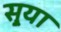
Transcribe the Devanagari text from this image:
सुर्‍या